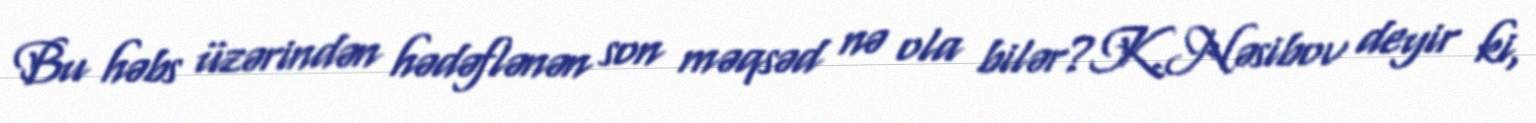
Bu həbs üzərindən hədəflənən son məqsəd nə ola bilər?K.Nəsibov deyir ki,